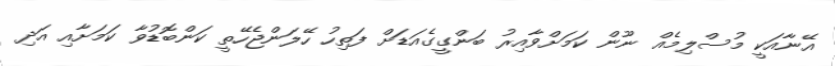
އޭނާއަކީ މުސްލިމެއް ނޫން ކަމަށްވާއިރު ބަންގީގެއަޑަށް ފަތިހު ހޭލަންޖެހޭތީ ކަންބޮޑުވާ ކަމަށާއި އަދި